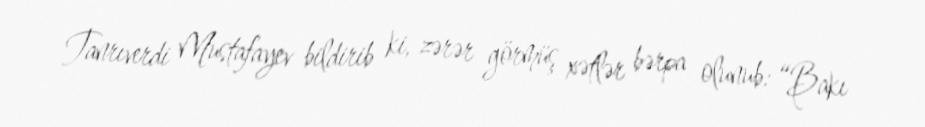
Tanrıverdi Mustafayev bildirib ki, zərər görmüş xətlər bərpa olunub: “Bakı